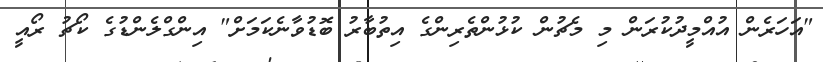
"އަހަރެން އުއްމީދުކުރަން މި މެޗުން ކުޅުންތެރިންގެ އިތުބާރު ބޮޑުވާނެކަމަށް" އިންގްލެންޑުގެ ކޯޗު ރޯއީ